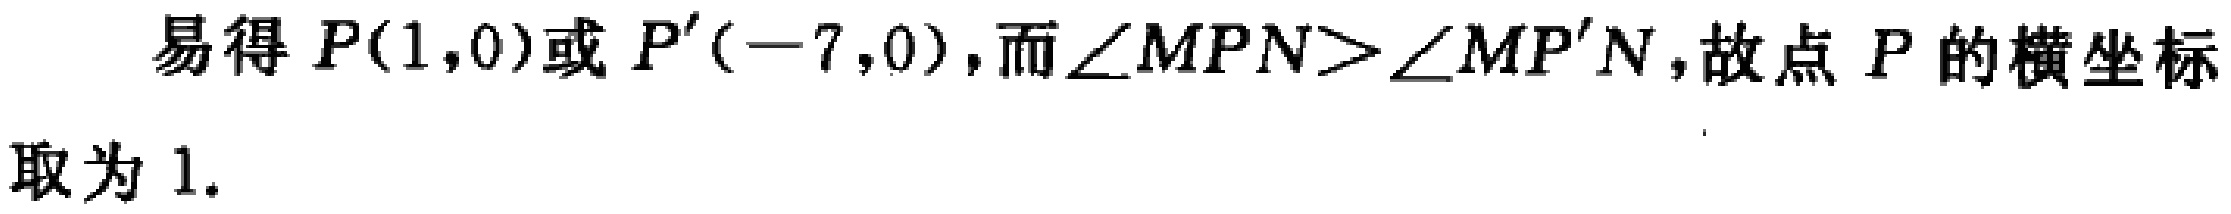
易得 \(P(1,0)\)或 \(P'(-7,0)\)，而\(\angle MPN>\angle MP'N\)，故点 \(P\) 的横坐标取为 \(1\).